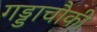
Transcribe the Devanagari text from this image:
गड्डाचौकी